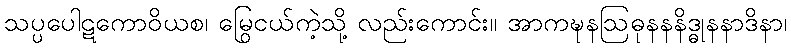
သပ္ပပေါဋကောဝိယစ၊ မြွေငယ်ကဲ့သို့ လည်းကောင်း။ အာကဍ္ဎနဩဓုနနနိဒ္ဓုနနာဒိနာ၊